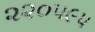
૨૨૦૫૯૫